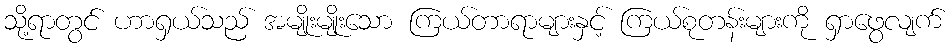
သို့ရာတွင် ဟာရှယ်သည် အမျိုးမျိုးသော ကြယ်တာရာများနှင့် ကြယ်စုတန်းများကို ရှာဖွေလျက်